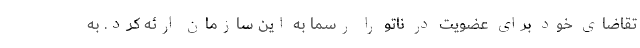
تقاضای خود برای عضویت در ناتو را رسماً به این سازمان ارئه کرد. به